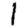
Digit: 1